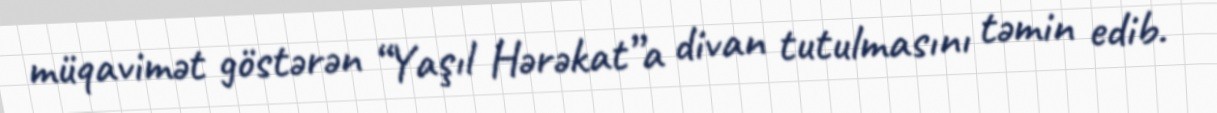
müqavimət göstərən “Yaşıl Hərəkat”a divan tutulmasını təmin edib.